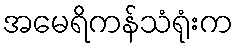
အမေရိကန်သံရုံးက